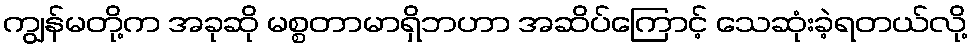
ကျွန်မတို့က အခုဆို မစ္စတာမာရှိဘဟာ အဆိပ်ကြောင့် သေဆုံးခဲ့ရတယ်လို့